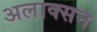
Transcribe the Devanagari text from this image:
अलाक्सन